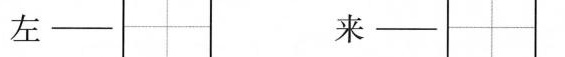
左- 来-